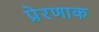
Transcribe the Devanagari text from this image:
प्रेरणाक